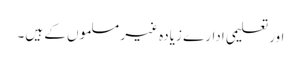
اور تعلیمی ادارے زیادہ غیر مسلموں کے ہیں۔